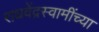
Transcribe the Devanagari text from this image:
राघवेंद्रस्वामींच्या